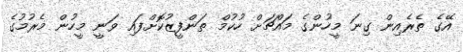
އޭގެ ތެރެއިން ގިނަ މީހުންގެ މައްޗަށް ހުކުމް ތަންފީޒުކޮށްފައި ވަނީ މީހުން މެރުމުގެ